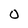
Character: 0